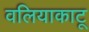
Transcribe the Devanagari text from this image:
वलियाकाटू